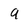
Character: 9